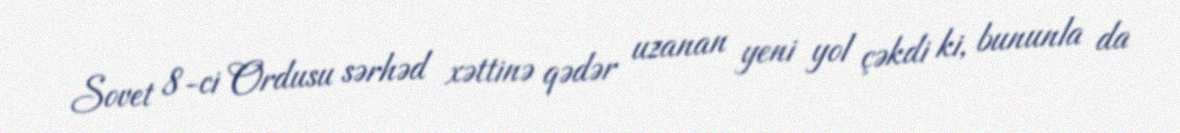
Sovet 8-ci Ordusu sərhəd xəttinə qədər uzanan yeni yol çəkdi ki, bununla da